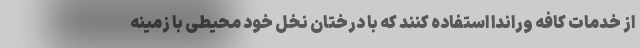
از خدمات کافه وراندا استفاده کنند که با درختان نخل خود محیطی با زمینه